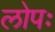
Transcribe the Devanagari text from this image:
लोपः